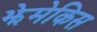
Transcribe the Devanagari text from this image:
झेमेकिस